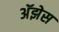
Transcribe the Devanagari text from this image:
अॅझेस